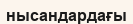
нысандардағы